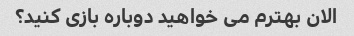
الان بهترم می خواهید دوباره بازی کنید؟